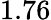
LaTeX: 1.76